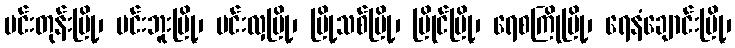
မင်းတုန်းမြို့၊ မင်းဘူးမြို့၊ မင်းလှမြို့၊ မြို့သစ်မြို့၊ မြိုင်မြို့၊ ရေစကြိုမြို့၊ ရေနံချောင်းမြို့၊